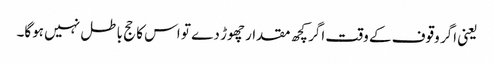
یعنی اگر وقوف کے وقت اگر کچھ مقدار چھوڑ دے تو اس کا حج باطل نہیں ہوگا۔